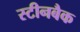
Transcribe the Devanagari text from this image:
स्टीनबैक